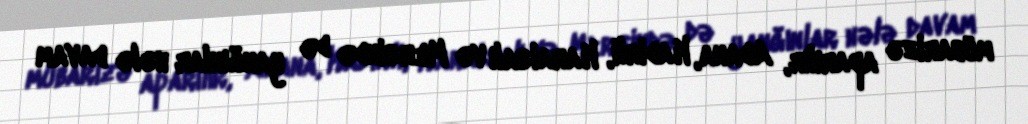
mübarizə aparılır, Adana, Kadirli, Karaisalı və Mersində də yanğınlar hələ davam